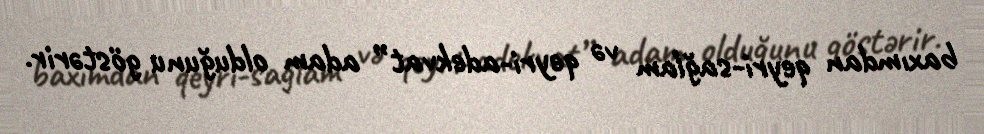
baxımdan qeyri-sağlam və qeyri-adekvat” adam olduğunu göstərir.